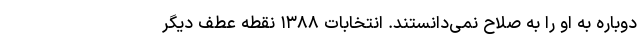
دوباره به او را به صلاح نمی‌دانستند. انتخابات ۱۳۸۸ نقطه عطف دیگر